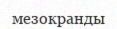
мезокранды